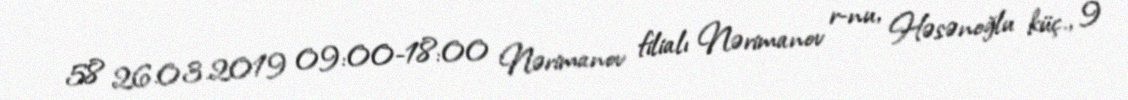
58 26.03.2019 09:00-18:00 Nərimanov filialı Nərimanov r-nu, Həsənoğlu küç., 9